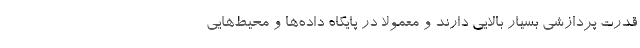
قدرت پردازشی بسیار بالایی دارند و معمولا در پایگاه داده‌ها و محیط‌هایی